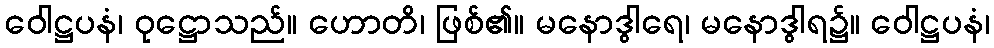
ဝေါဋ္ဌပနံ၊ ဝုဋ္ဌောသည်။ ဟောတိ၊ ဖြစ်၏။ မနောဒွါရေ၊ မနောဒွါရ၌။ ဝေါဋ္ဌပနံ၊